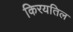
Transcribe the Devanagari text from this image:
किरयतिल